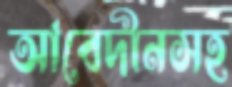
আবেদীনসহ